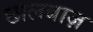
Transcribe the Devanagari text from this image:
छालबाज़